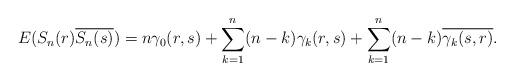
LaTeX: \begin{align*}E(S_{n}(r)\overline{S_{n}(s)})=n\gamma_{0}(r,s)+\sum_{k=1}^{n}(n-k)\gamma_{k}(r,s)+\sum_{k=1}^{n}(n-k)\overline{\gamma_{k}(s,r)}.\end{align*}